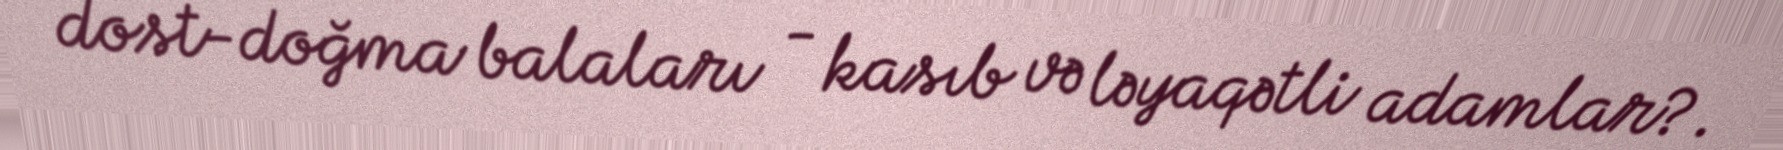
dost-doğma balaları - kasıb və ləyaqətli adamlar?.